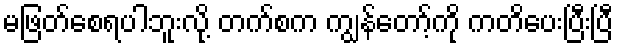
မဖြတ်စေရပါဘူးလို့ တက်စက ကျွန်တော့်ကို ကတိပေးပြီးပြီ